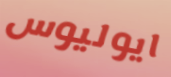
ايوليوس